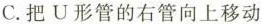
C.把U形管的右管向上移动